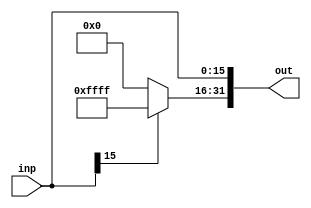
`timescale 1ps/1ps
module SignExtender (
    inp,
    out
    );
    parameter n = 32, SIGNBit = 16;
    input [n-SIGNBit-1:0]inp;
    output [n-1:0]out;
    wire [SIGNBit-1:0] ext;
    assign ext = inp[SIGNBit-1] ? {(SIGNBit){1'b1}} : 
                 {(SIGNBit){1'b0}};
    
    assign out = {ext, inp};
    
endmodule